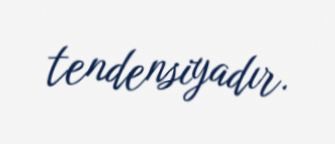
tendensiyadır.